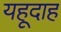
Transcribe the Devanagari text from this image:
यहूदाह